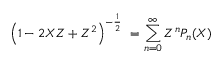
\left( 1 - 2 X Z + Z ^ { 2 } \right) ^ { - { \frac { 1 } { 2 } } } \ = \sum _ { n = 0 } ^ { \infty } Z ^ { n } P _ { n } ( X )